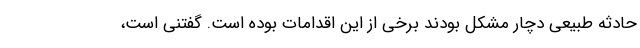
حادثه طبیعی دچار مشکل بودند برخی از این اقدامات بوده است. گفتنی است،